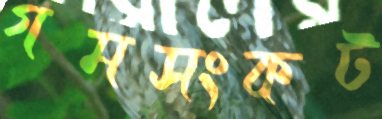
গমসংকট